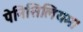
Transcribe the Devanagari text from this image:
पेनिसिलियम।